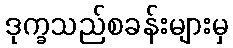
ဒုက္ခသည်စခန်းများမှ